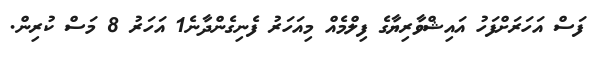
ފަސް އަހަރަށްފަހު އައިޝްވާރިޔާގެ ފިލްމެއް މިއަހަރު ފެނިގެންދާނެ1 އަހަރު 8 މަސް ކުރިން.